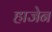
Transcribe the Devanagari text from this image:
हाजेन